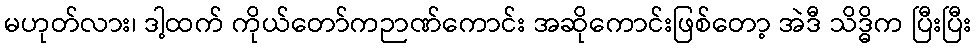
မဟုတ်လား၊ ဒါ့ထက် ကိုယ်တော်ကဉာဏ်ကောင်း အဆိုကောင်းဖြစ်တော့ အဲဒီ သိဒ္ဓိက ပြီးပြီး